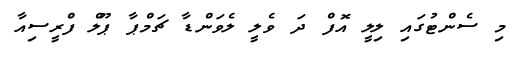
މި ސެންޓުގައި ލިލީ އޮފް ދަ ވެލީ ލެވަންޑާ ޗަމްޕާ ޕޫލް ފްރީސިއާ